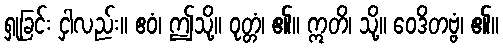
ရှုခြင်း ငှါလည်း။ ဧဝံ၊ ဤသို့။ ဝုတ္တံ၊ ၏။ ဣတိ၊ သို့။ ဝေဒိတဗ္ဗံ၊ ၏။